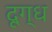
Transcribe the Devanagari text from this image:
दूग्ध